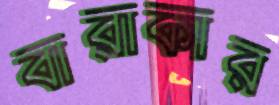
বারাকার